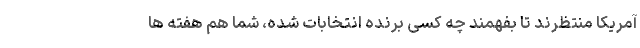
آمریکا منتظرند تا بفهمند چه کسی برنده انتخابات شده، شما هم هفته ها